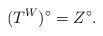
LaTeX: \begin{align*}(T^W)^\circ=Z^\circ.\end{align*}